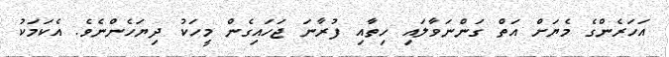
އަހަރެންގެ މެޔަށް އަތް ގަންނަވާލައި ހިތާއި ފުރާނަ ޖަހައިގެން މީހަކު ދިޔަހެންނެވެ. އެކަމަކު